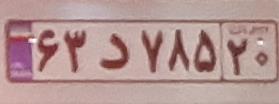
۶۳د۷۸۵۲۰